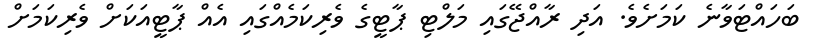
ބަހައްޓަވާނެ ކަމަށެވެ. އަދި ރާއްޖޭގައި މަލްޓި ޕާޓީގެ ވެރިކަމެއްގައި އެއް ޕާޓީއަކަށް ވެރިކަމަށް